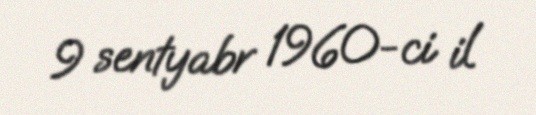
9 sentyabr 1960-ci il